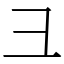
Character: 彐